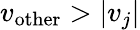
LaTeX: v_{\mathrm{other}}>|v_{j}|